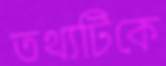
তথ্যটিকে